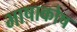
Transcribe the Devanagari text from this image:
भाषाकोष